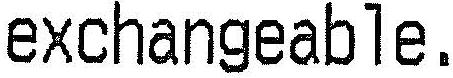
EXCHANGEABLE.